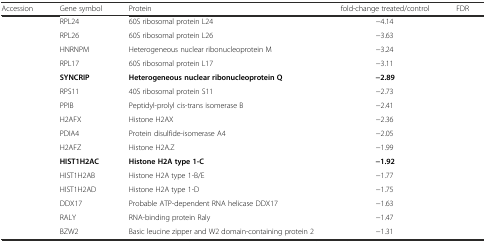
<table><thead><tr><td><b>Accession</b></td><td><b>Gene symbol</b></td><td><b>Protein</b></td><td><b>fold-change treated/control</b></td><td><b>FDR</b></td></tr></thead><tbody><tr><td>[EMPTY_CELL]</td><td>RPL24</td><td>60S ribosomal protein L24</td><td>−4.14</td><td>[EMPTY_CELL]</td></tr><tr><td>[EMPTY_CELL]</td><td>RPL26</td><td>60S ribosomal protein L26</td><td>−3.63</td><td>[EMPTY_CELL]</td></tr><tr><td>[EMPTY_CELL]</td><td>HNRNPM</td><td>Heterogeneous nuclear ribonucleoprotein M</td><td>−3.24</td><td>[EMPTY_CELL]</td></tr><tr><td>[EMPTY_CELL]</td><td>RPL17</td><td>60S ribosomal protein L17</td><td>−3.11</td><td>[EMPTY_CELL]</td></tr><tr><td>[EMPTY_CELL]</td><td><b>SYNCRIP</b></td><td><b>Heterogeneous nuclear ribonucleoprotein Q</b></td><td><b>−2.89</b></td><td>[EMPTY_CELL]</td></tr><tr><td>[EMPTY_CELL]</td><td>RPS11</td><td>40S ribosomal protein S11</td><td>−2.73</td><td>[EMPTY_CELL]</td></tr><tr><td>[EMPTY_CELL]</td><td>PPIB</td><td>Peptidyl-prolyl cis-trans isomerase B</td><td>−2.41</td><td>[EMPTY_CELL]</td></tr><tr><td>[EMPTY_CELL]</td><td>H2AFX</td><td>Histone H2AX</td><td>−2.36</td><td>[EMPTY_CELL]</td></tr><tr><td>[EMPTY_CELL]</td><td>PDIA4</td><td>Protein disulfide-isomerase A4</td><td>−2.05</td><td>[EMPTY_CELL]</td></tr><tr><td>[EMPTY_CELL]</td><td>H2AFZ</td><td>Histone H2A.Z</td><td>−1.99</td><td>[EMPTY_CELL]</td></tr><tr><td>[EMPTY_CELL]</td><td><b>HIST1H2AC</b></td><td><b>Histone H2A type 1-C</b></td><td><b>−1.92</b></td><td>[EMPTY_CELL]</td></tr><tr><td>[EMPTY_CELL]</td><td>HIST1H2AB</td><td>Histone H2A type 1-B/E</td><td>−1.77</td><td>[EMPTY_CELL]</td></tr><tr><td>[EMPTY_CELL]</td><td>HIST1H2AD</td><td>Histone H2A type 1-D</td><td>−1.75</td><td>[EMPTY_CELL]</td></tr><tr><td>[EMPTY_CELL]</td><td>DDX17</td><td>Probable ATP-dependent RNA helicase DDX17</td><td>−1.63</td><td>[EMPTY_CELL]</td></tr><tr><td>[EMPTY_CELL]</td><td>RALY</td><td>RNA-binding protein Raly</td><td>−1.47</td><td>[EMPTY_CELL]</td></tr><tr><td>[EMPTY_CELL]</td><td>BZW2</td><td>Basic leucine zipper and W2 domain-containing protein 2</td><td>−1.31</td><td>[EMPTY_CELL]</td></tr></tbody></table>